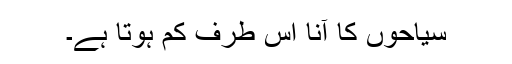
سیاحوں کا آنا اس طرف کم ہوتا ہے۔